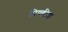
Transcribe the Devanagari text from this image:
पिण्डीश